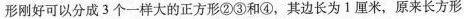
形刚好可以分成3个一样大的正方形②③和④，其边长为1厘米，原来长方形